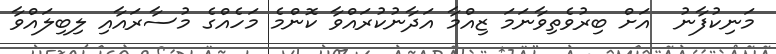
މަނިކުފާނު  އަށް ބިރުވެތިވާނަމަ ޒިއްމާ އަދާނުކުރައްވާ ކޮންމެ މަހެއްގެ މުސާރައާއި ލިބިލައްވާ